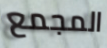
المجمع